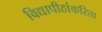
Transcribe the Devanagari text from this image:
विद्यापीठांकरिता